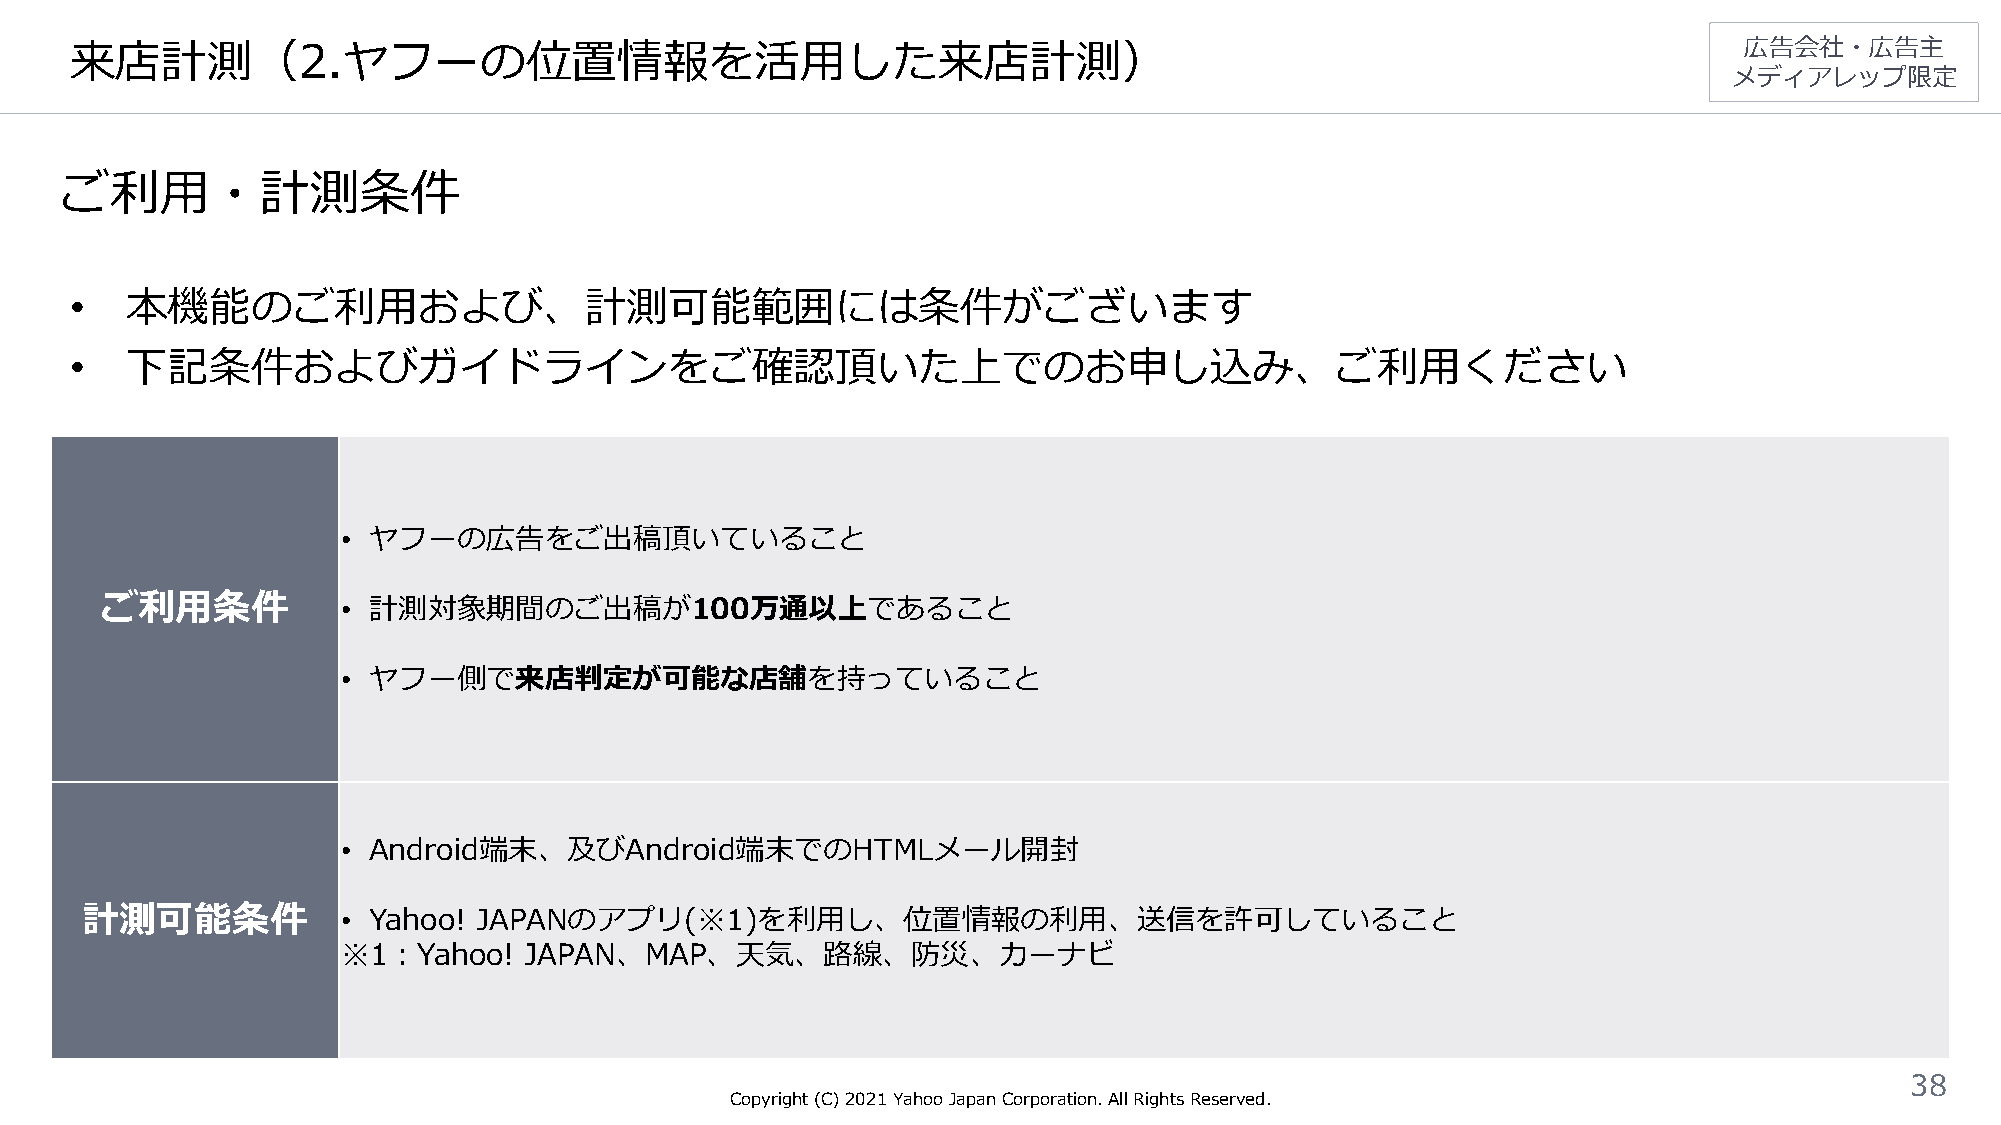
来店計測（2.ヤフーの位置情報を活用した来店計測）                                                                                     広告会社・広告主
 メディアレップ限定
 ご利用・計測条件
 •  本機能のご利用および、計測可能範囲には条件がございます
 •  下記条件およびガイドラインをご確認頂いた上でのお申し込み、ご利用ください
 • ヤフーの広告をご出稿頂いていること
 ご利用条件           • 計測対象期間のご出稿が100万通以上であること
 • ヤフー側で来店判定が可能な店舗を持っていること
 • Android端末、及びAndroid端末でのHTMLメール開封
 計測可能条件            • Yahoo! JAPANのアプリ(※1)を利用し、位置情報の利用、送信を許可していること
 ※1：Yahoo!   JAPAN、MAP、天気、路線、防災、カーナビ
 38
 Copyright (C)2021Yahoo Japan Corporation. All Rights Reserved.